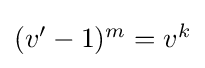
{\textstyle (v'-1)^{m}=v^{k}}